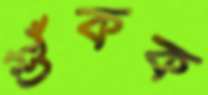
শুঁকক